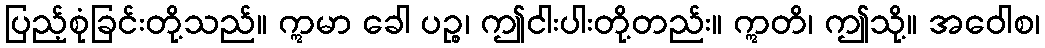
ပြည့်စုံခြင်းတို့သည်။ ဣမာ ခေါ ပဉ္စ၊ ဤငါးပါးတို့တည်း။ ဣတိ၊ ဤသို့။ အဝေါစ၊